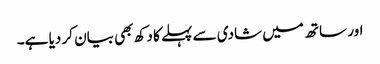
اور ساتھ میں‌ شادی سے پہلے کا دکھ بھی بیان کر دیا ہے۔